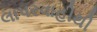
લાપરવાહીથી